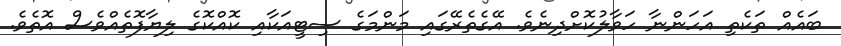
ބައެއް ތަކެތި އަހަންނާ ހަވާލުކޮށްދިނެވެ. އޭގެތެރޭގައި މަންމަގެ ސިޓީއަކާއި ކޮއްކޮގެ ލިޔާފޮތެއްވެސް އޮތެވެ.